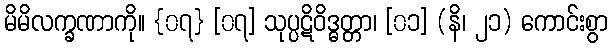
မိမိလက္ခဏာကို။ {၀၇} [၀၇] သုပ္ပဋိဝိဒ္ဓတ္တာ၊ [၀၁] (နိ၊ ၂၁) ကောင်းစွာ